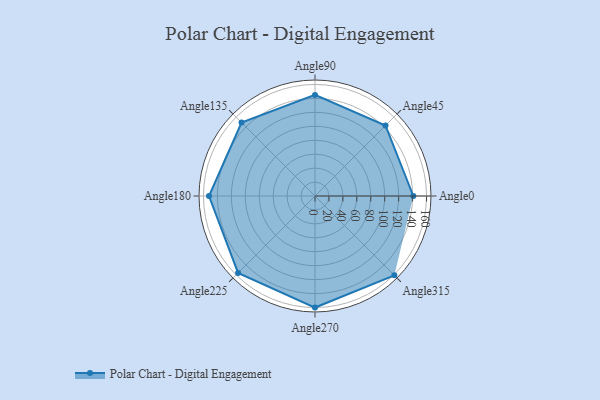
{"axis": {"x": "Angle", "y": "Radius"}, "legend": [""], "data": [{"x": "Angle0", "y": 141.0, "type": ""}, {"x": "Angle45", "y": 143.0, "type": ""}, {"x": "Angle90", "y": 145.0, "type": ""}, {"x": "Angle135", "y": 149.0, "type": ""}, {"x": "Angle180", "y": 152.0, "type": ""}, {"x": "Angle225", "y": 156.0, "type": ""}, {"x": "Angle270", "y": 160.0, "type": ""}, {"x": "Angle315", "y": 161.0, "type": ""}]}